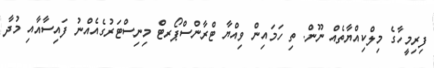
ފިރިމީހާގެ މިލްކިއްޔާތެއް ނޫން. ތިި ހަމައިން ވިއްޔާ ޓްރާންސްޕޯރޓް މިނިސްޓަރުގެއެއްނު ފައިސާއާއި މުދާ